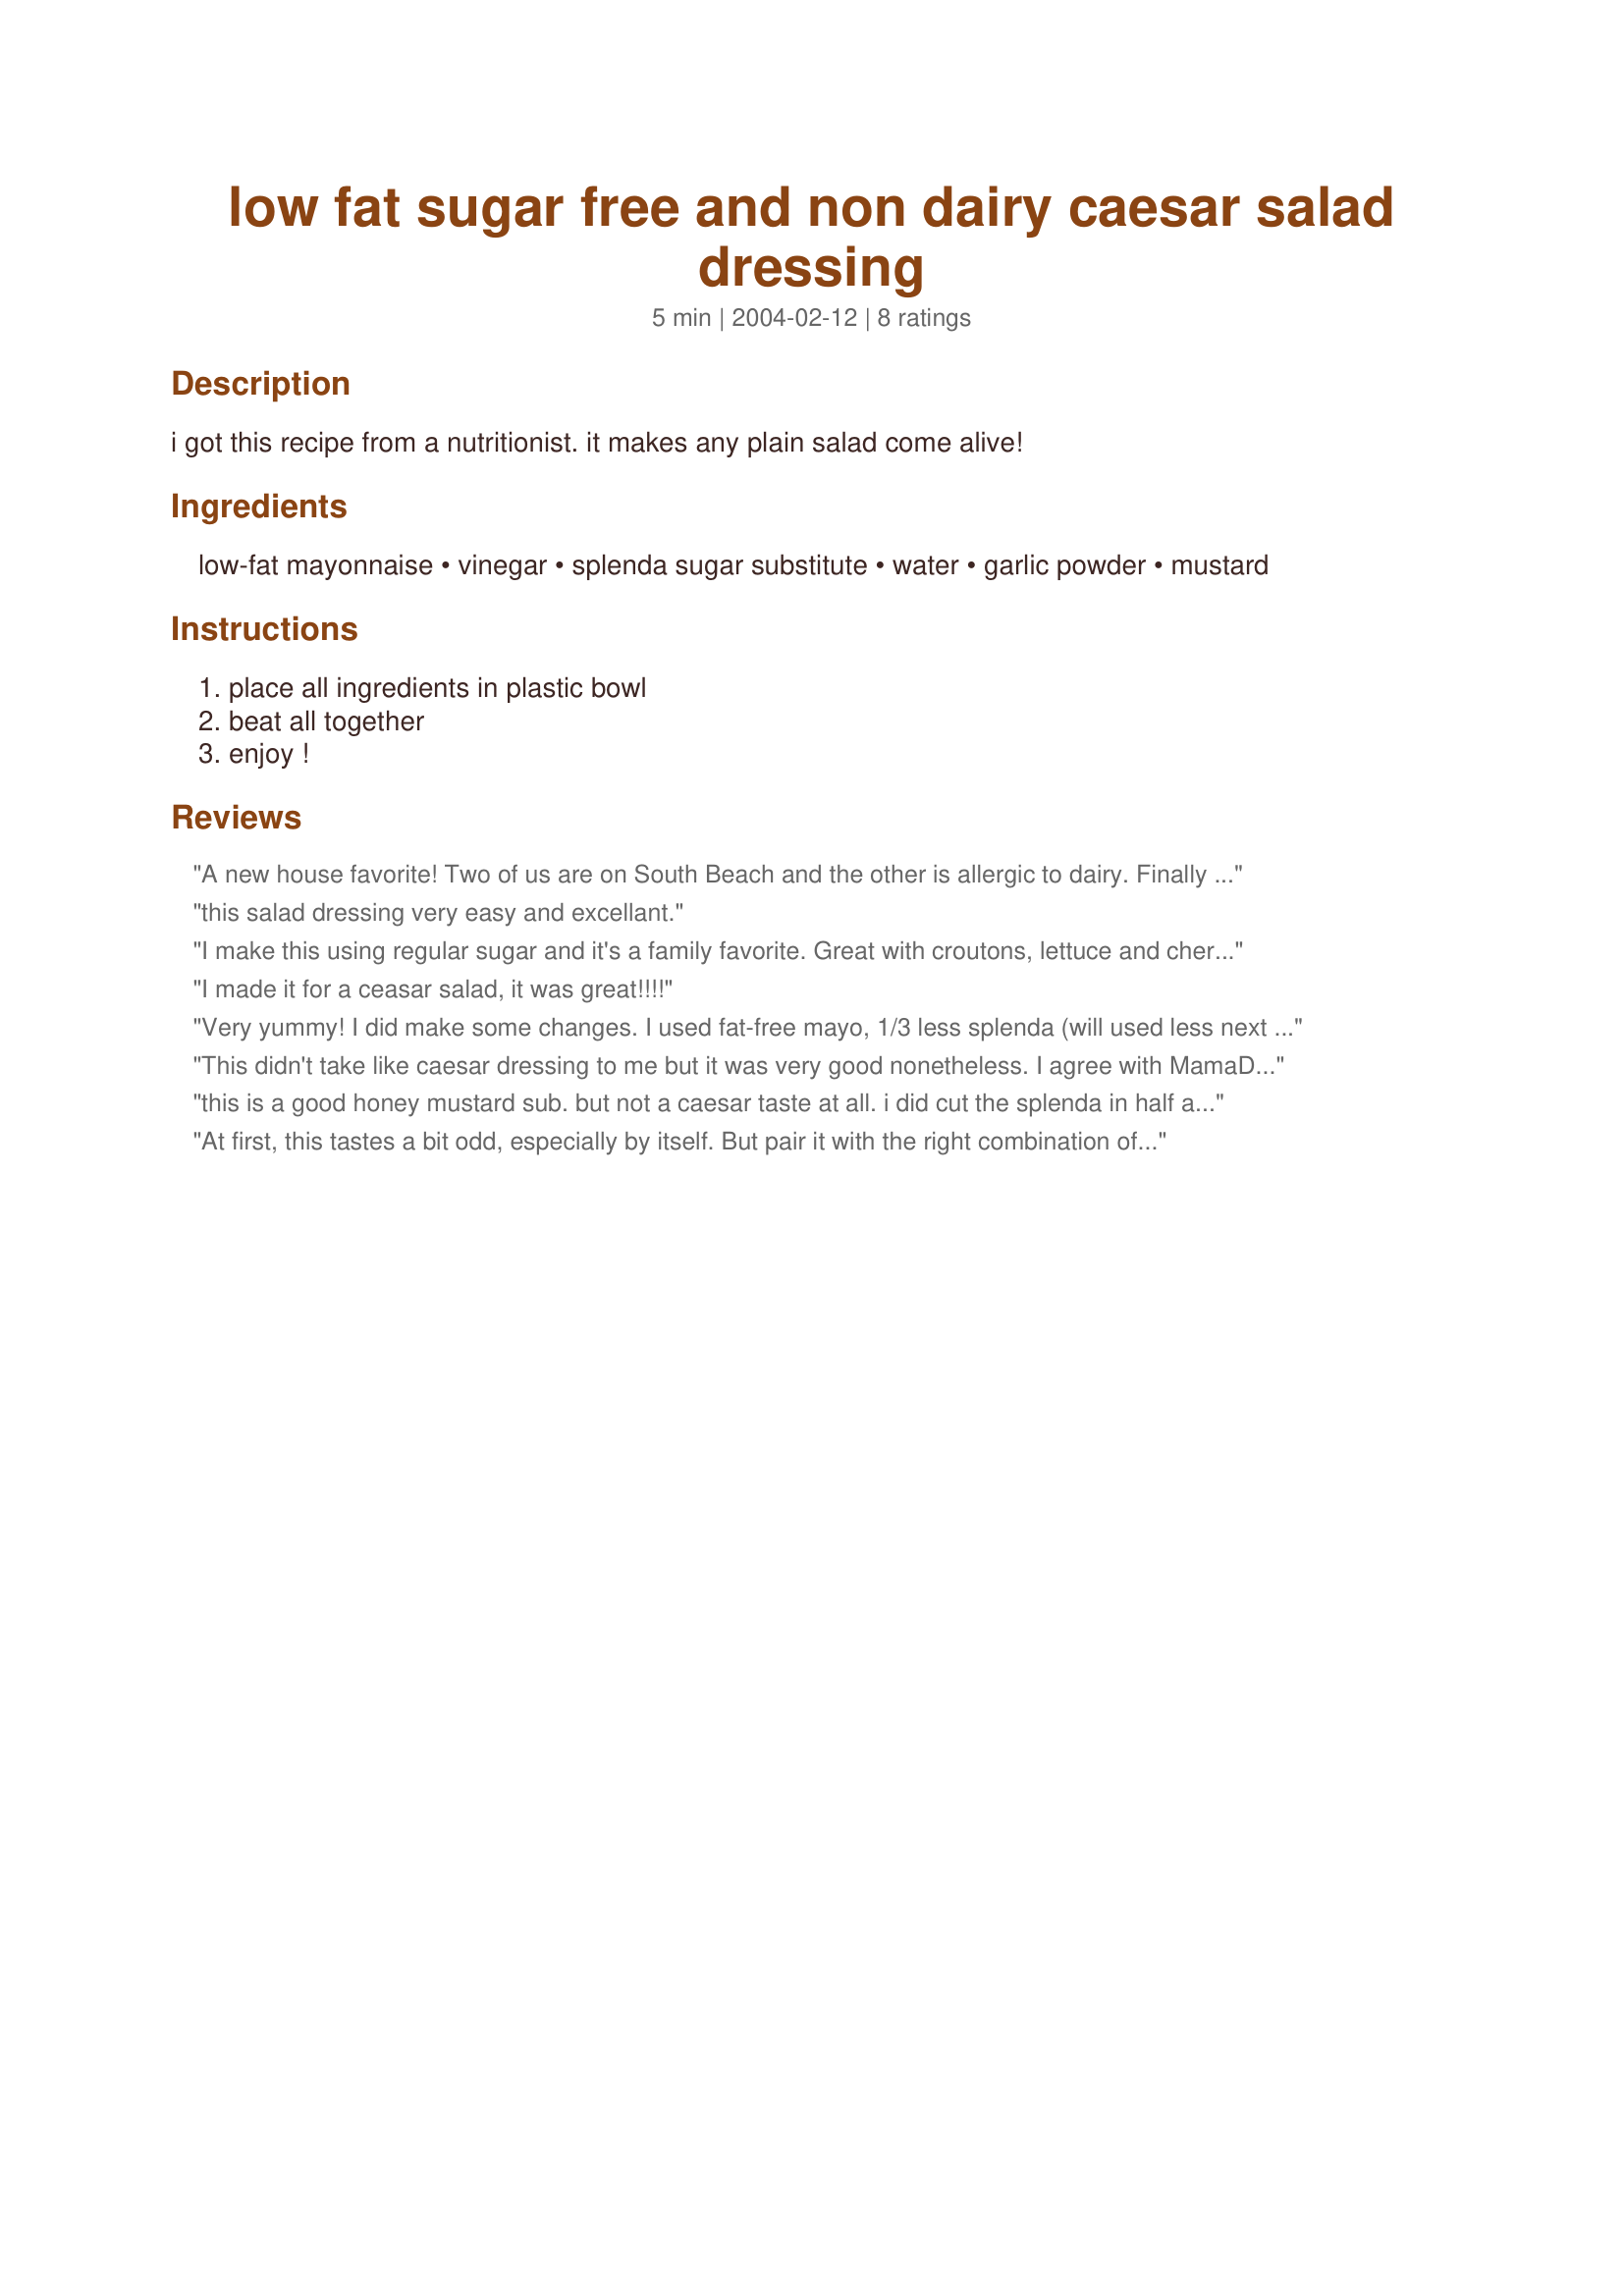
low fat sugar free and non dairy caesar salad dressing
Preparation time: 5 minutes

i got this recipe from a nutritionist. it makes any plain salad come alive!

Ingredients:
low-fat mayonnaise, vinegar, splenda sugar substitute, water, garlic powder, mustard

Steps:
place all ingredients in plastic bowl, beat all together, enjoy !

Reviews:
A new house favorite! Two of us are on South Beach and the other is allergic to dairy. Finally a salad dressing we can all enjoy. I lessened the amount of Splenda to six packets and used 1 t. of dry mustard and 1 teaspoon of garlic powder instead. This would be a great cole-slaw dressing too!
this salad dressing very easy and excellant.
I make this using regular sugar and it's a family favorite. Great with croutons, lettuce and cherry tomatoes.
I made it for a ceasar salad, it was great!!!!
Very yummy! I did make some changes. I used fat-free mayo, 1/3 less splenda (will used less next time), dijon mustard, and about 2 Tbs. parmesan cheese. It turned out great! Thanks for the recipe! [Photo uploaded with this review]
This didn't take like caesar dressing to me but it was very good nonetheless. I agree with MamaDonna that this would make an excellent dressing for coleslaw.
this is a good honey mustard sub. but not a caesar taste at all. i did cut the splenda in half and it was still too sweet for us. next time i will half the splenda again and try that. it just needs a new name.
At first, this tastes a bit odd, especially by itself. But pair it with the right combination of greens and toppings, and it can be a wonderful dressing! I like baby spinach, bacon bits, cherry tomatoes, and pecans. Yummy! Thanks for posting the recipe.
